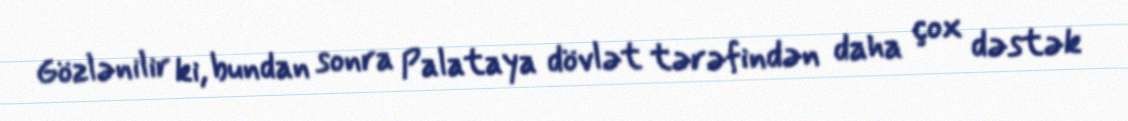
Gözlənilir ki, bundan sonra Palataya dövlət tərəfindən daha çox dəstək